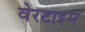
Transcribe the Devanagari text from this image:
वेरटाइम